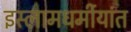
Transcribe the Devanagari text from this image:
इस्लामधर्मीयांत